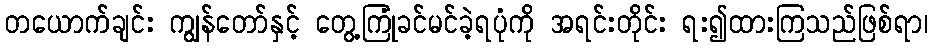
တယောက်ချင်း ကျွန်တော်နှင့် တွေ့ကြုံခင်မင်ခဲ့ရပုံကို အရင်းတိုင်း ရး၍ထားကြသည်ဖြစ်ရာ၊